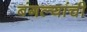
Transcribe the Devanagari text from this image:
बंगल्यांची